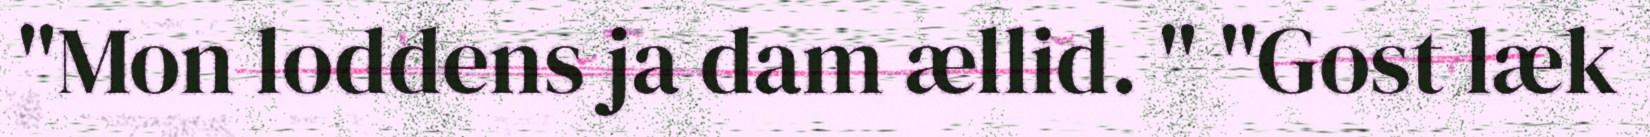
"Mon loddens ja dam ællid. " "Gost læk